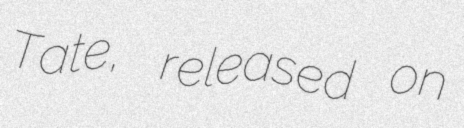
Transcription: Tate, released on